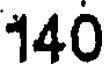
140